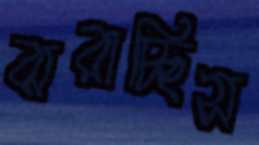
ঝরাচ্ছিস